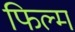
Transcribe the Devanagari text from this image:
फिल्‍म्‍ा